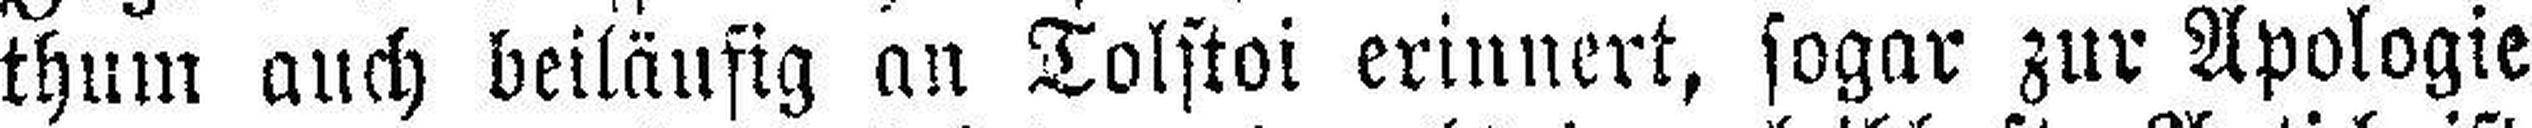
thum auch beiläufig an Tolstoi erinnert, sogar zur Apologie